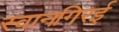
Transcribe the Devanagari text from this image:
स्वानगिरई